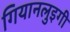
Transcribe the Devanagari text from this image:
गियानलुइगी